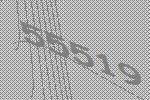
55519